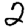
Digit: 2